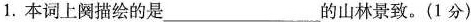
1.本词上阕描绘的是___的山林景致。(1分)